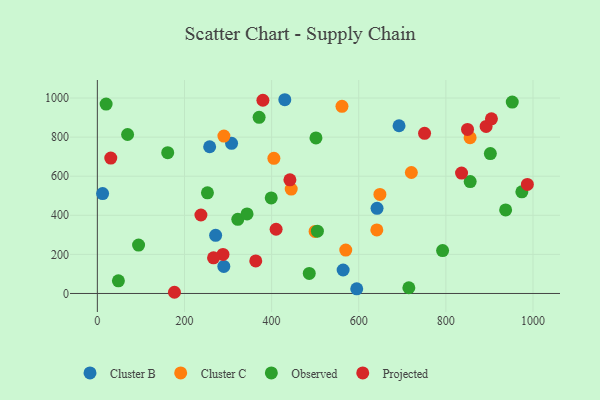
{"axis": {"x": "Speed", "y": "Sales"}, "legend": ["Cluster B", "Cluster C", "Observed", "Projected"], "data": [{"x": "12.1", "y": 511.1, "type": "Cluster B"}, {"x": "308.1", "y": 768.3, "type": "Cluster B"}, {"x": "692.5", "y": 858.2, "type": "Cluster B"}, {"x": "290.3", "y": 138.5, "type": "Cluster B"}, {"x": "430.3", "y": 991.3, "type": "Cluster B"}, {"x": "564.2", "y": 120.1, "type": "Cluster B"}, {"x": "642.0", "y": 435.6, "type": "Cluster B"}, {"x": "595.4", "y": 24.0, "type": "Cluster B"}, {"x": "271.5", "y": 297.3, "type": "Cluster B"}, {"x": "257.8", "y": 750.8, "type": "Cluster B"}, {"x": "720.8", "y": 619.0, "type": "Cluster C"}, {"x": "641.5", "y": 325.0, "type": "Cluster C"}, {"x": "499.8", "y": 317.3, "type": "Cluster C"}, {"x": "561.5", "y": 957.6, "type": "Cluster C"}, {"x": "445.0", "y": 534.0, "type": "Cluster C"}, {"x": "405.2", "y": 691.6, "type": "Cluster C"}, {"x": "648.6", "y": 506.6, "type": "Cluster C"}, {"x": "290.5", "y": 805.1, "type": "Cluster C"}, {"x": "855.6", "y": 797.3, "type": "Cluster C"}, {"x": "570.2", "y": 221.9, "type": "Cluster C"}, {"x": "94.6", "y": 247.7, "type": "Observed"}, {"x": "322.4", "y": 379.3, "type": "Observed"}, {"x": "161.5", "y": 720.2, "type": "Observed"}, {"x": "371.3", "y": 901.1, "type": "Observed"}, {"x": "505.1", "y": 318.5, "type": "Observed"}, {"x": "486.4", "y": 102.6, "type": "Observed"}, {"x": "69.4", "y": 813.4, "type": "Observed"}, {"x": "343.6", "y": 407.0, "type": "Observed"}, {"x": "952.4", "y": 979.4, "type": "Observed"}, {"x": "902.1", "y": 715.8, "type": "Observed"}, {"x": "792.5", "y": 219.4, "type": "Observed"}, {"x": "399.1", "y": 488.6, "type": "Observed"}, {"x": "501.8", "y": 796.0, "type": "Observed"}, {"x": "974.4", "y": 520.1, "type": "Observed"}, {"x": "48.3", "y": 64.6, "type": "Observed"}, {"x": "252.7", "y": 515.2, "type": "Observed"}, {"x": "20.1", "y": 969.2, "type": "Observed"}, {"x": "937.2", "y": 427.2, "type": "Observed"}, {"x": "715.0", "y": 29.2, "type": "Observed"}, {"x": "855.8", "y": 572.5, "type": "Observed"}, {"x": "30.8", "y": 692.8, "type": "Projected"}, {"x": "836.0", "y": 615.9, "type": "Projected"}, {"x": "987.1", "y": 558.1, "type": "Projected"}, {"x": "751.1", "y": 819.2, "type": "Projected"}, {"x": "410.3", "y": 328.5, "type": "Projected"}, {"x": "442.0", "y": 581.7, "type": "Projected"}, {"x": "237.7", "y": 401.5, "type": "Projected"}, {"x": "288.4", "y": 199.9, "type": "Projected"}, {"x": "849.7", "y": 839.2, "type": "Projected"}, {"x": "892.4", "y": 854.5, "type": "Projected"}, {"x": "904.6", "y": 893.4, "type": "Projected"}, {"x": "177.0", "y": 6.1, "type": "Projected"}, {"x": "266.7", "y": 182.3, "type": "Projected"}, {"x": "363.6", "y": 166.7, "type": "Projected"}, {"x": "380.0", "y": 988.5, "type": "Projected"}]}